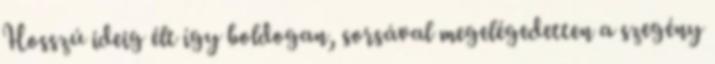
Hosszú ideig élt így boldogan, sorsával megelégedetten a szegény